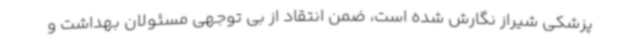
پزشکی شیراز نگارش شده است، ضمن انتقاد از بی توجهی مسئولان بهداشت و